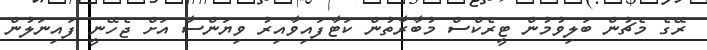
ރޭގެ މެޗުން ބަލިވުމުން ޓީރެކްސް މުބާރާތުން ކަޓާފައިވާއިރު ވިޔަންސާ އަށް ޖެހޭނީ ފައިނަލުން